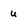
Character: u